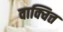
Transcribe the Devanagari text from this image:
वाक्चित्त